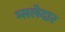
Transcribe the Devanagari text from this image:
म्सलेदार